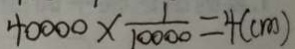
4 0 0 0 0 \times \frac { 1 } { 1 0 0 0 0 } = 4 ( c m )